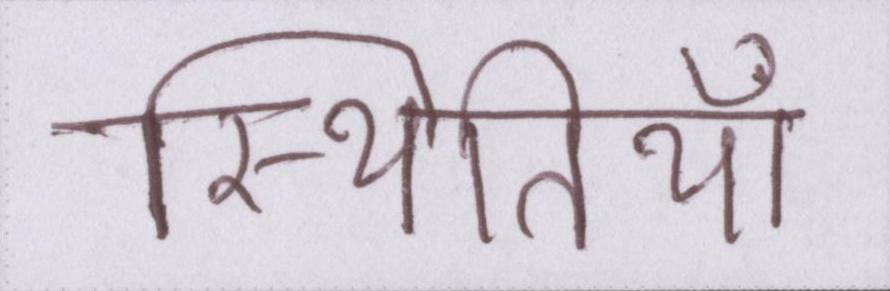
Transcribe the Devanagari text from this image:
स्थितियाँ